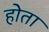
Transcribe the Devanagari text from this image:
होेता